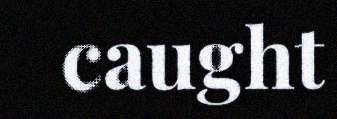
caught